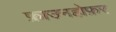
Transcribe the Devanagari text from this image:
फ्राउनहोफ़र